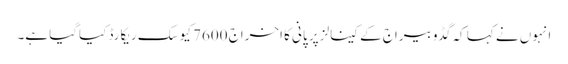
انہوں نے کہا کہ گڈو بیراج کے کینالز پر پانی کا اخراج 7600 کیوسک ریکارڈ کیاگیا ہے۔